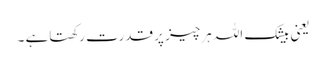
یعنی بیشک اللہ ہرچیز پر قدرت رکھتاہے ۔